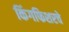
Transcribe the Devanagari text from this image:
किंगफिशरचे